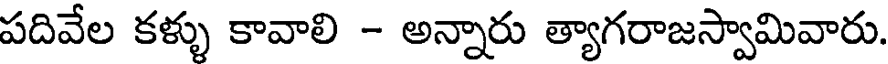
పదివేల కళ్ళు కావాలి - అన్నారు త్యాగరాజస్వామివారు.